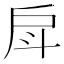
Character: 戽